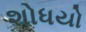
શોધયો